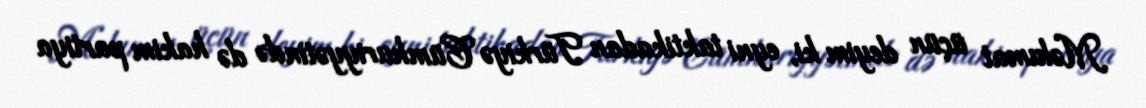
Məlumat üçün deyim ki, eyni taktikadan Türkiyə Cümhuriyyətində də hakim partiya